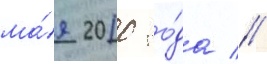
ма́я 2010 го́да //